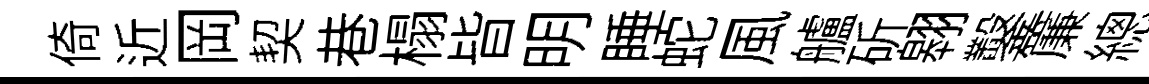
倚近岡契巷榻𣅜明睡蛇風艫斫翱鑿簾總